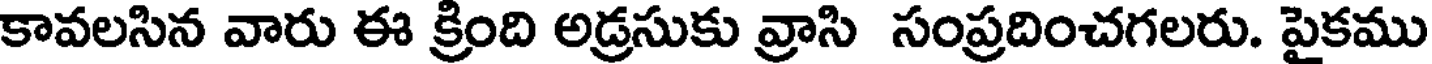
కావలసిన వారు ఈ క్రింది అడ్రసుకు వ్రాసి సంప్రదించగలరు. పైకము